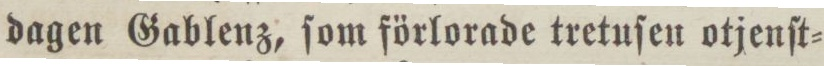
dagen Gablenz, ſom förlorade tretuſen otjenſt=